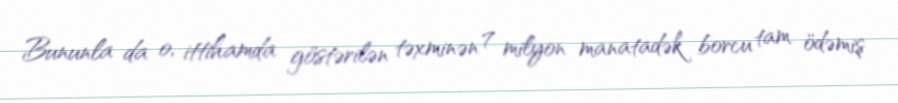
Bununla da o, ittihamda göstərilən təxminən 7 milyon manatadək borcu tam ödəmiş